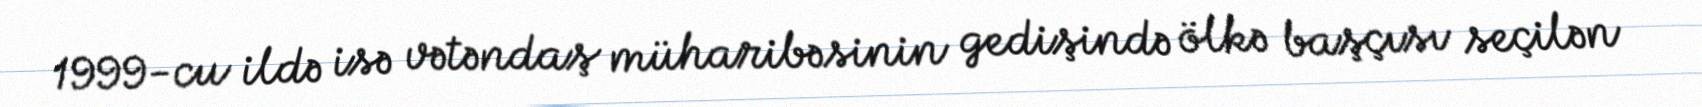
1999-cu ildə isə vətəndaş müharibəsinin gedişində ölkə başçısı seçilən